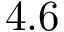
4 . 6